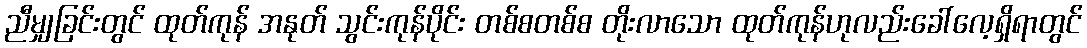
ညီမျှခြင်းတွင် ထုတ်ကုန် အနုတ် သွင်းကုန်ပိုင်း တစ်စတစ်စ တိုးလာသော ထုတ်ကုန်ဟုလည်းခေါ်လေ့ရှိရာတွင်